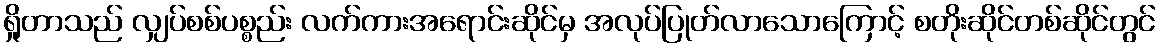
ရှိုတာသည် လျှပ်စစ်ပစ္စည်း လက်ကားအရောင်းဆိုင်မှ အလုပ်ပြုတ်လာသောကြောင့် စတိုးဆိုင်တစ်ဆိုင်တွင်